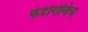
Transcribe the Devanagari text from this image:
फेदोरोविच